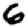
Digit: 6